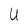
Character: U